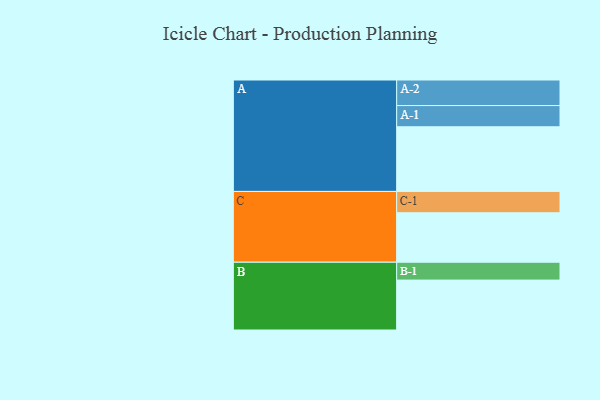
{"axis": {"x": "Segment", "y": "Value"}, "legend": ["", "A", "B", "C"], "data": [{"x": "A", "y": 579, "type": ""}, {"x": "B", "y": 447, "type": ""}, {"x": "C", "y": 443, "type": ""}, {"x": "A-1", "y": 190, "type": "A"}, {"x": "A-2", "y": 229, "type": "A"}, {"x": "B-1", "y": 160, "type": "B"}, {"x": "C-1", "y": 191, "type": "C"}]}